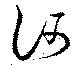
訶